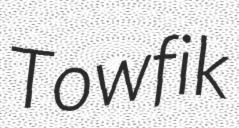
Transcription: Towfik